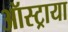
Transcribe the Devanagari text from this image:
ऑस्ट्राया